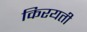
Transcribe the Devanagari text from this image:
किरयती